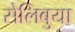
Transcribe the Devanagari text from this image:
सेलिबुया